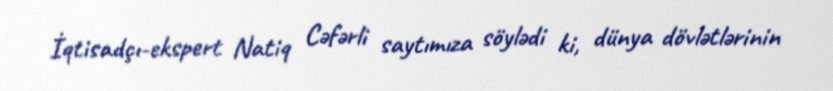
İqtisadçı-ekspert Natiq Cəfərli saytımıza söylədi ki, dünya dövlətlərinin